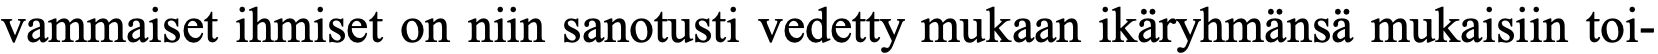
vammaiset ihmiset on niin sanotusti vedetty mukaan ikäryhmänsä mukaisiin toi-